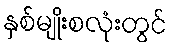
နှစ်မျိုးစလုံးတွင်